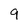
Character: 9